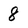
Character: 8